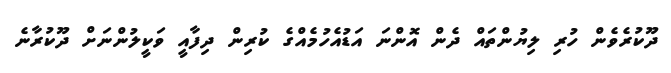
ދޫކުރެވެން ހުރި ލިޔުންތައް ދެން އޮންނަ އަޑުއެހުމެއްގެ ކުރިން ދިފާއީ ވަކީލުންނަށް ދޫކުރާނެ